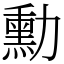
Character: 勳